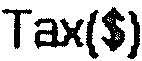
TAX($)